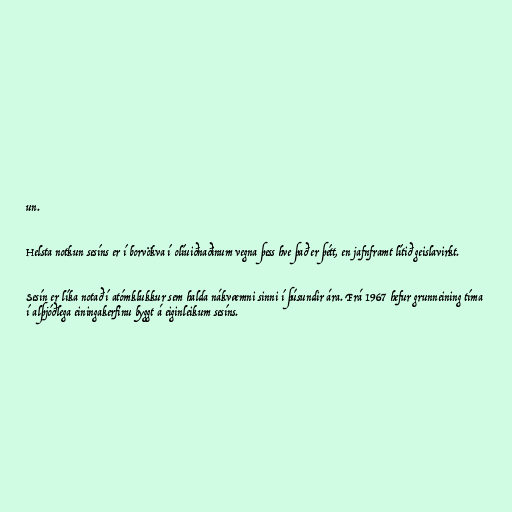
un.

Helsta notkun sesíns er í borvökva í olíuiðnaðinum vegna þess hve það er þétt, en jafnframt lítið geislavirkt.

Sesín er líka notað í atómklukkur sem halda nákvæmni sinni í þúsundir ára. Frá 1967 hefur grunneining tíma
í alþjóðlega einingakerfinu byggt á eiginleikum sesíns.